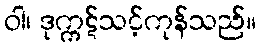
ဝါ၊ ဒုက္ကဋ်သင့်ကုန်သည်။